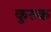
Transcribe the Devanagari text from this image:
कुरुक